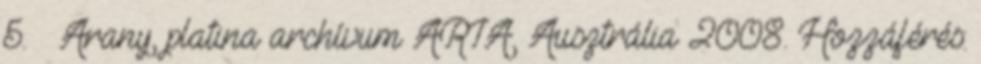
5. ↑ Arany, platina archívum ARIA, Ausztrália 2008. Hozzáférés: